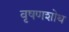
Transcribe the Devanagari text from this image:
वृषणशोथ